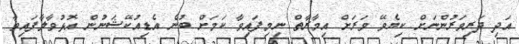
އަދި ދަރިވަރުންނަށް ކިޔެވޭ ވަރަށް އިމާރާތް ނިމިފައިވާ ކަމަށް ބުނެ އެޑިއުކޭޝަނުން އޮޅުވާލާފައިވާ